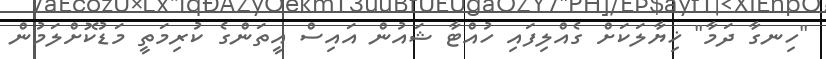
"ހިނގާ ދަމާ" ޚިޔާލަކަށް ގެއްލިފައި ހުއްޓާ ޝައުން އައިސް އީތަންގެ ކުރިމަތީ މަޑުކޮށްލަމުން